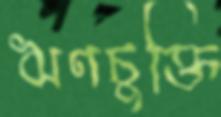
ঋণচুক্তি